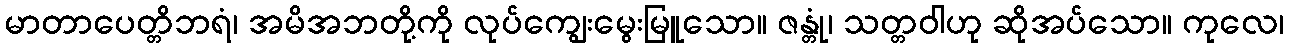
မာတာပေတ္တိဘရံ၊ အမိအဘတို့ကို လုပ်ကျွေးမွေးမြူသော။ ဇန္တုံ၊ သတ္တဝါဟု ဆိုအပ်သော။ ကုလေ၊